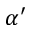
\alpha ^ { \prime }